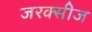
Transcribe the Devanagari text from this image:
जरक्सीज